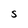
Character: S